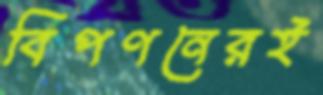
বিপণনেরই